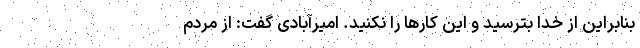
بنابراین از خدا بترسید و این کارها را نکنید. امیرآبادی گفت: از مردم